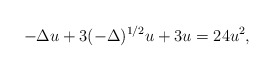
\begin{align*} -\Delta u +3 (-\Delta)^{1/2}u +3u =24 u^2,\end{align*}